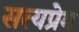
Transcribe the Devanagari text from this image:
सत्यप्रेम